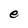
Character: e